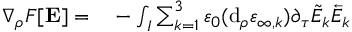
\begin{array} { r l } { \nabla _ { \rho } F [ \mathbf { E } ] = } & { { } - \int _ { I } \sum _ { k = 1 } ^ { 3 } \varepsilon _ { 0 } ( \mathrm { d } _ { \rho } \varepsilon _ { \infty , k } ) \partial _ { \tau } \tilde { E } _ { k } \overleftarrow { E } _ { k } } \end{array}